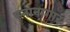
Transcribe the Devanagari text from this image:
स्‍नानागार